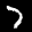
Label: 7